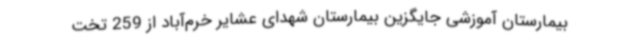
بیمارستان آموزشی جایگزین بیمارستان شهدای عشایر خرم‌آباد از 259 تخت